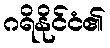
ဂရိနိုင်ငံ၏